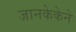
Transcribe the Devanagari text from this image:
जानकेकेने